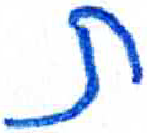
אות: ת